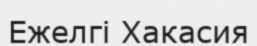
Ежелгі Хакасия